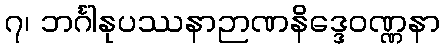
၇၊ ဘင်္ဂါနုပဿနာဉာဏနိဒ္ဒေဝဏ္ဏနာ